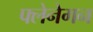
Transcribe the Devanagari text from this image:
फ्लेनेगन